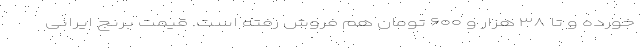
خورده و تا ۳۸ هزار و ۶۰۰ تومان هم فروش رفته است. قیمت برنج ایرانی